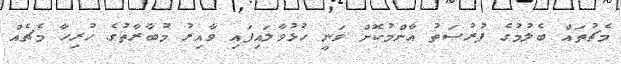
މެޗުތައް ބެލުމުގެ ފުރުޞަތު އާންމުކޮށް ވަނީ ހުޅުވާލައިފައި ވާއިރު މުބާރާތުގެ ހުރިހާ މެޗެއް